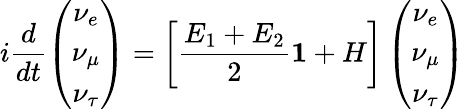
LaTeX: i\frac{d}{dt}\left(\begin{array}{c}{{\nu_{e}}}\\ {{\nu_{\mu}}}\\ {{\nu_{\tau}}}\end{array}\right)=\left[\frac{E_{1}+E_{2}}{2}{\mathbf 1}+H\right]\left(\begin{array}{c}{{\nu_{e}}}\\ {{\nu_{\mu}}}\\ {{\nu_{\tau}}}\end{array}\right)